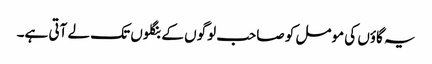
یہ گاؤں کی مومل کو صاحب لوگوں کے بنگلوں تک لے آتی ہے۔